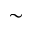
\sim